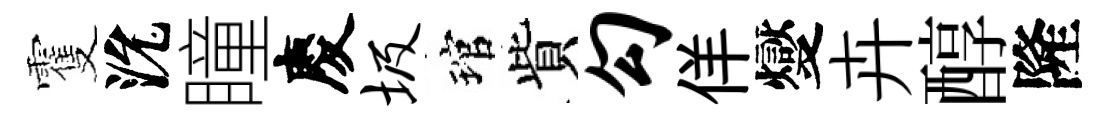
䨥沇瞳慶圾琯貲勾佯燮卉醇隆